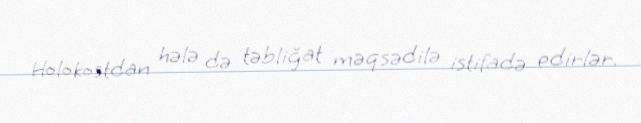
Holokostdan hələ də təbliğat məqsədilə istifadə edirlər.